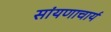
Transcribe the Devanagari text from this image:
सांयणाचार्य